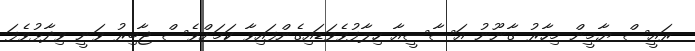
ރައީސް ޔާމީން މިހާރު ގާނޫނު އަސާސީއާ ހިލާފުވެވަޑައިގެންފައިވާ ކަމަށްވެސް ޖާބިރު ވަނީ ވިދާޅުވެފަ